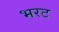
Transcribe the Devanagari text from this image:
भरट